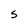
Character: S